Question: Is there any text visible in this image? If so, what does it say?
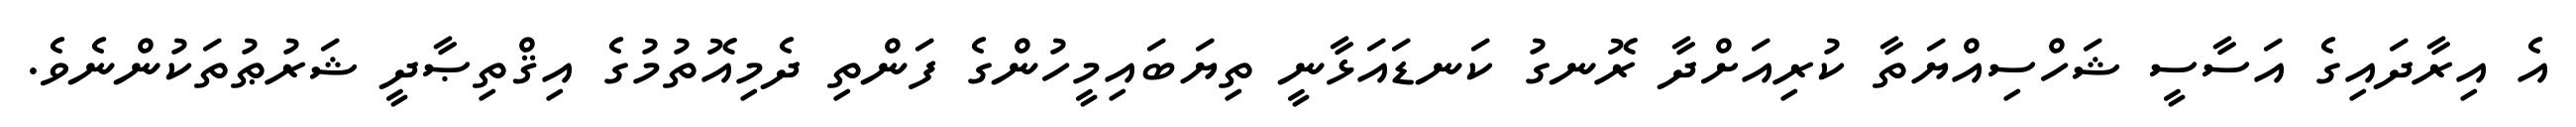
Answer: އެ އިރާދައިގެ އަސާސީ ޝަހްސިއްޔަތާ ކުރިއަށްދާ ރޮނގު ކަނޑައަޅާނީ ތިޔަބައިމީހުންގެ ފަންތި ދެމިއޮތުމުގެ އިޤްތިޞާދީ ޝަރުޠުތަކުންނެވެ.